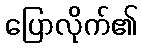
ပြောလိုက်၏